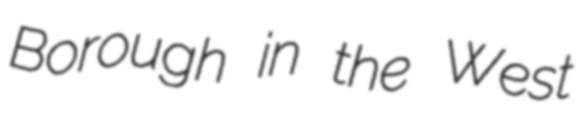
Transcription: Borough in the West